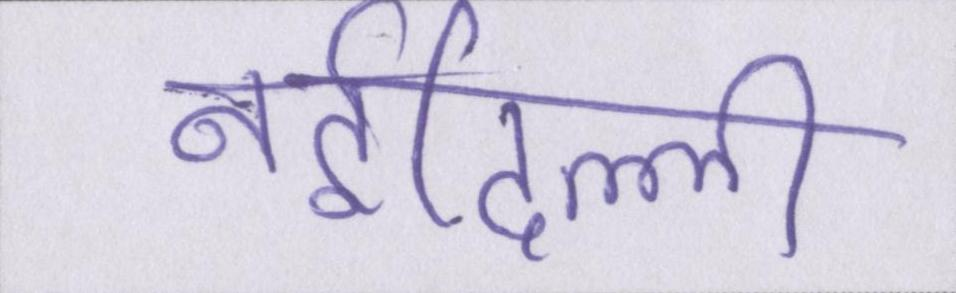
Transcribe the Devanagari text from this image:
नईदिल्ली